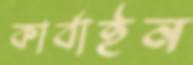
কার্বাইন